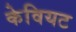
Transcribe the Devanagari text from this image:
केवियट